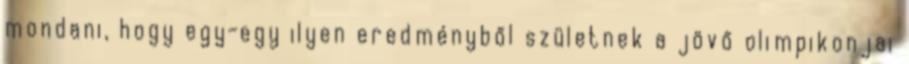
mondani, hogy egy-egy ilyen eredményből születnek a jövő olimpikonjai